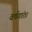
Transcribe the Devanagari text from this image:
वर्षगांठ।